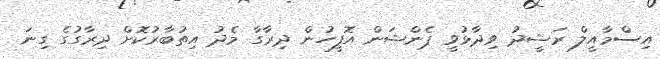
އިސްމާއީލް ރަޝީދު ވިދާޅުވީ ޕެންޝަން އޮފީހުން ދިރާގާ މެދު އިތުބާރުކޮށް ދިރާގުގެ ގިނަ